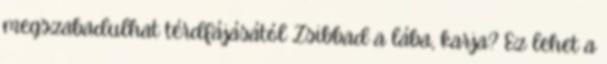
megszabadulhat térdfájásától Zsibbad a lába, karja? Ez lehet a